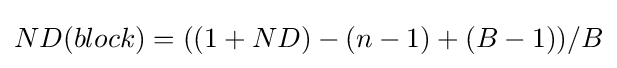
ND(block)=((1+ND)-(n-1)+(B-1))/B